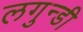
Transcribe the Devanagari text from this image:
लगुन्डी